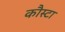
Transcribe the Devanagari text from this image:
कौस्टा